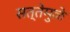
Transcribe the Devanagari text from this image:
सत्तेमुळे